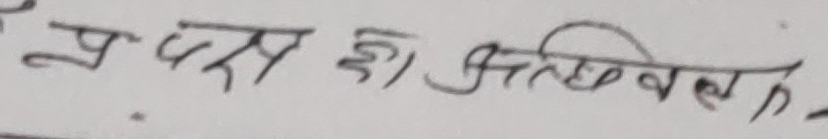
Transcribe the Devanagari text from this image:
प्रदर्शन हो प्रतिबिम्बित